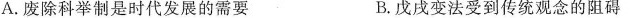
A.废除科举制是时代发展的需要 B.戊戌变法受到传统观念的阻碍